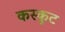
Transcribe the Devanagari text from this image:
कस्कुट